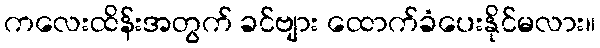
ကလေးထိန်းအတွက် ခင်ဗျား ထောက်ခံပေးနိုင်မလား။